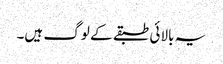
یہ بالائی طبقے کے لوگ ہیں۔